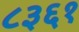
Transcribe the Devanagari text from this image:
८३६१